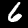
Label: 6